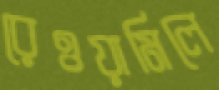
রেওয়ামিলে